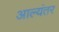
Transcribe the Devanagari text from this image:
आल्यंतर